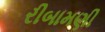
રીબામણી